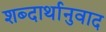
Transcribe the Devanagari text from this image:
शब्दार्थानुवाद